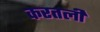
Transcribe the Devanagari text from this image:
करतली